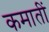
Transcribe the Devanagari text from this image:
कमातीं